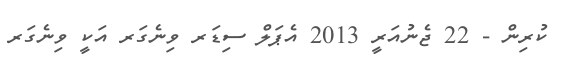
ކުރިން - 22 ޖެނުއަރީ 2013 އެޕަލް ސިޑަރ ވިނެގަރ އަކީ ވިނެގަރ